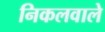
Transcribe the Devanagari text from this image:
निकलवाले